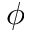
\phi